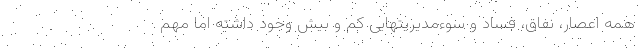
همه اعصار، نفاق، فساد و سوءمدیریتهایی کم و بیش وجود داشته اما مهم